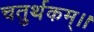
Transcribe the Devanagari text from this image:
चतुर्थकम्।।